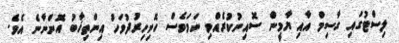
ލިސްޓުގައި ގާސިމް އާއި ޔާމީން ސޮއިނުކުރެއްވި ނަމަވެސް ހޮނިހިރުދުވަހު އިންތިޚާބު އޮންނާނެ އެވެ.